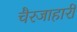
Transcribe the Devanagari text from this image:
चैरजाहारी